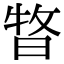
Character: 𣈊